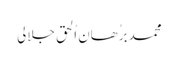
محمد برُھان اُلحق جلالی